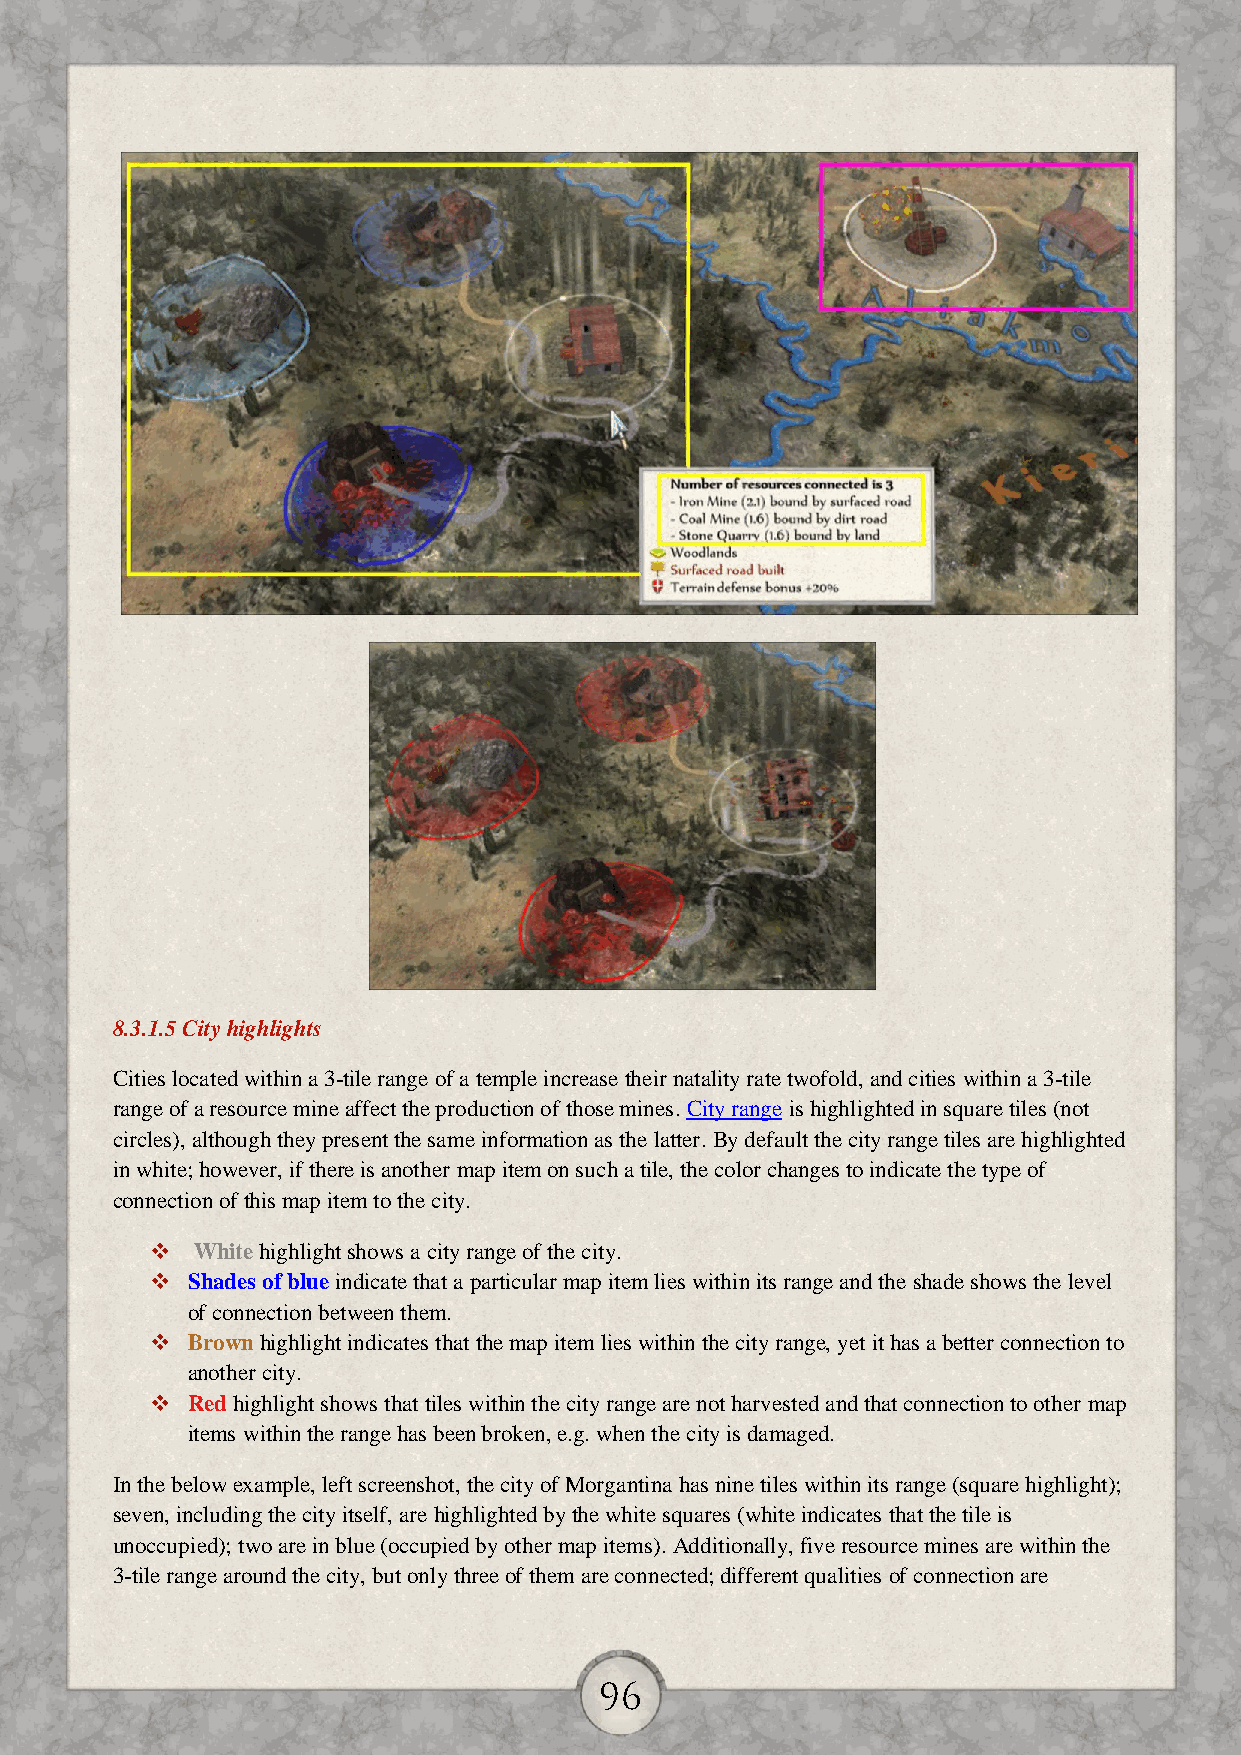
8.3.1.5 City highlights
 Cities located within a 3-tile range of a temple increase their natality rate twofold, and cities within a 3-tile
 range of a resource mine affect the production of those mines. City range is highlighted in square tiles (not
 circles), although they present the same information as the latter. By default the city range tiles are highlighted
 in white; however, if there is another map item on such a tile, the color changes to indicate the type of
 connection of this map item to the city.
   White highlight shows a city range of the city.
  Shades of blue indicate that a particular map item lies within its range and the shade shows the level
 of connection between them.
  Brown highlight indicates that the map item lies within the city range, yet it has a better connection to
 another city.
  Red highlight shows that tiles within the city range are not harvested and that connection to other map
 items within the range has been broken, e.g. when the city is damaged.
 In the below example, left screenshot, the city of Morgantina has nine tiles within its range (square highlight);
 seven, including the city itself, are highlighted by the white squares (white indicates that the tile is
 unoccupied); two are in blue (occupied by other map items). Additionally, five resource mines are within the
 3-tile range around the city, but only three of them are connected; different qualities of connection are
 96